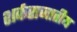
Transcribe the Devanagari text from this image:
शर्कराजातीय